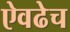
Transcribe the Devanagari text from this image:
ऐवढेच